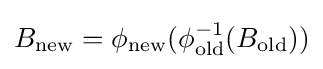
B_{\mathrm {new} }=\phi _{\mathrm {new} }(\phi _{\mathrm {old} }^{-1}(B_{\mathrm {old} }))